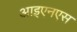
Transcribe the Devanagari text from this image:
आइएनएस